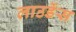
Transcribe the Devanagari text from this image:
लाउर्डेस